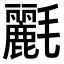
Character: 𣰿